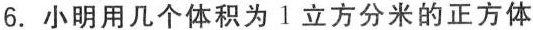
6.小明用几个体积为1立方分米的正方体